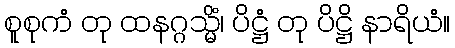
စူစုကံ တု ထနဂ္ဂသ္မိံ၊ ပိဋ္ဌံ တု ပိဋ္ဌိ နာရိယံ။